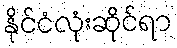
နိုင်ငံလုံးဆိုင်ရာ